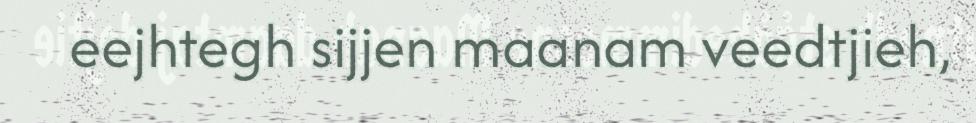
eejhtegh sijjen maanam veedtjieh,